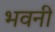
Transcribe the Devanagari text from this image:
भवनीं